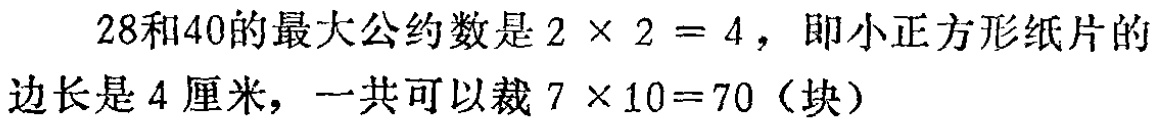
\(28\)和\(40\)的最大公约数是\(2\times 2 = 4\)，即小正方形纸片的边长是\(4\)厘米，一共可以裁\(7\times 10 = 70\)（块）